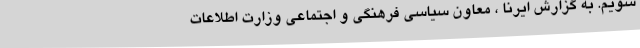
شویم. به گزارش ایرنا ، معاون سیاسی فرهنگی و اجتماعی وزارت اطلاعات